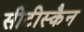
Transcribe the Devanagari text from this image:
सीटीस्कैन